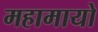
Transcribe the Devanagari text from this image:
महामायो